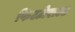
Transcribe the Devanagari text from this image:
फिटज़ेराल्ड